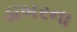
ડાબરના